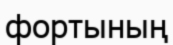
фортының